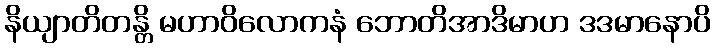
နိယျာတိတန္တိ မဟာဝိလောကနံ ဘောတိအာဒိမာဟ ဒဒမာနောပိ